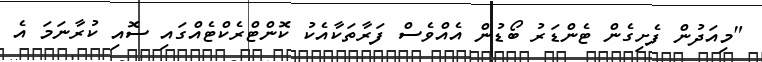
"މިއަދުން ފެށިގެން ޓެންޑަރު ބޯޑުން އެއްވެސް ފަރާތަކާއެކު ކޮންޓްރެކްޓެއްގައި ސޮއި ކުރާނަމަ އެ